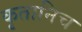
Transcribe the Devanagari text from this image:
कृतानिच